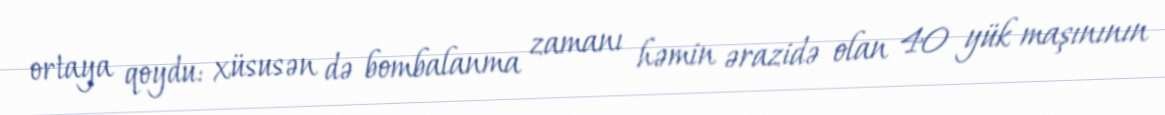
ortaya qoydu: xüsusən də bombalanma zamanı həmin ərazidə olan 40 yük maşınının